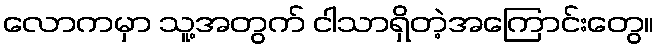
လောကမှာ သူ့အတွက် ငါသာရှိတဲ့အကြောင်းတွေ။